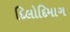
દિલોદિમાગ